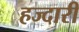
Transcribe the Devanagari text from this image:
हज्दारी